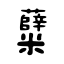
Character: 糵